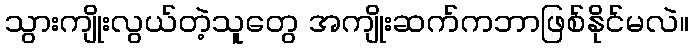
သွားကျိုးလွယ်တဲ့သူတွေ အကျိုးဆက်ကဘာဖြစ်နိုင်မလဲ။